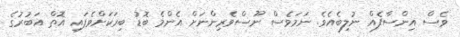
ވެސް އިންސާފެއް ނުލިބެއެވެ. ނަމަވެސް ނޫސްވެރިންނަށް އެންމެ ބޮޑު ބިރަކަށްވެފައި އޮތް އަބުރުގެ